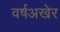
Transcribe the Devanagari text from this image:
वर्षअखेर